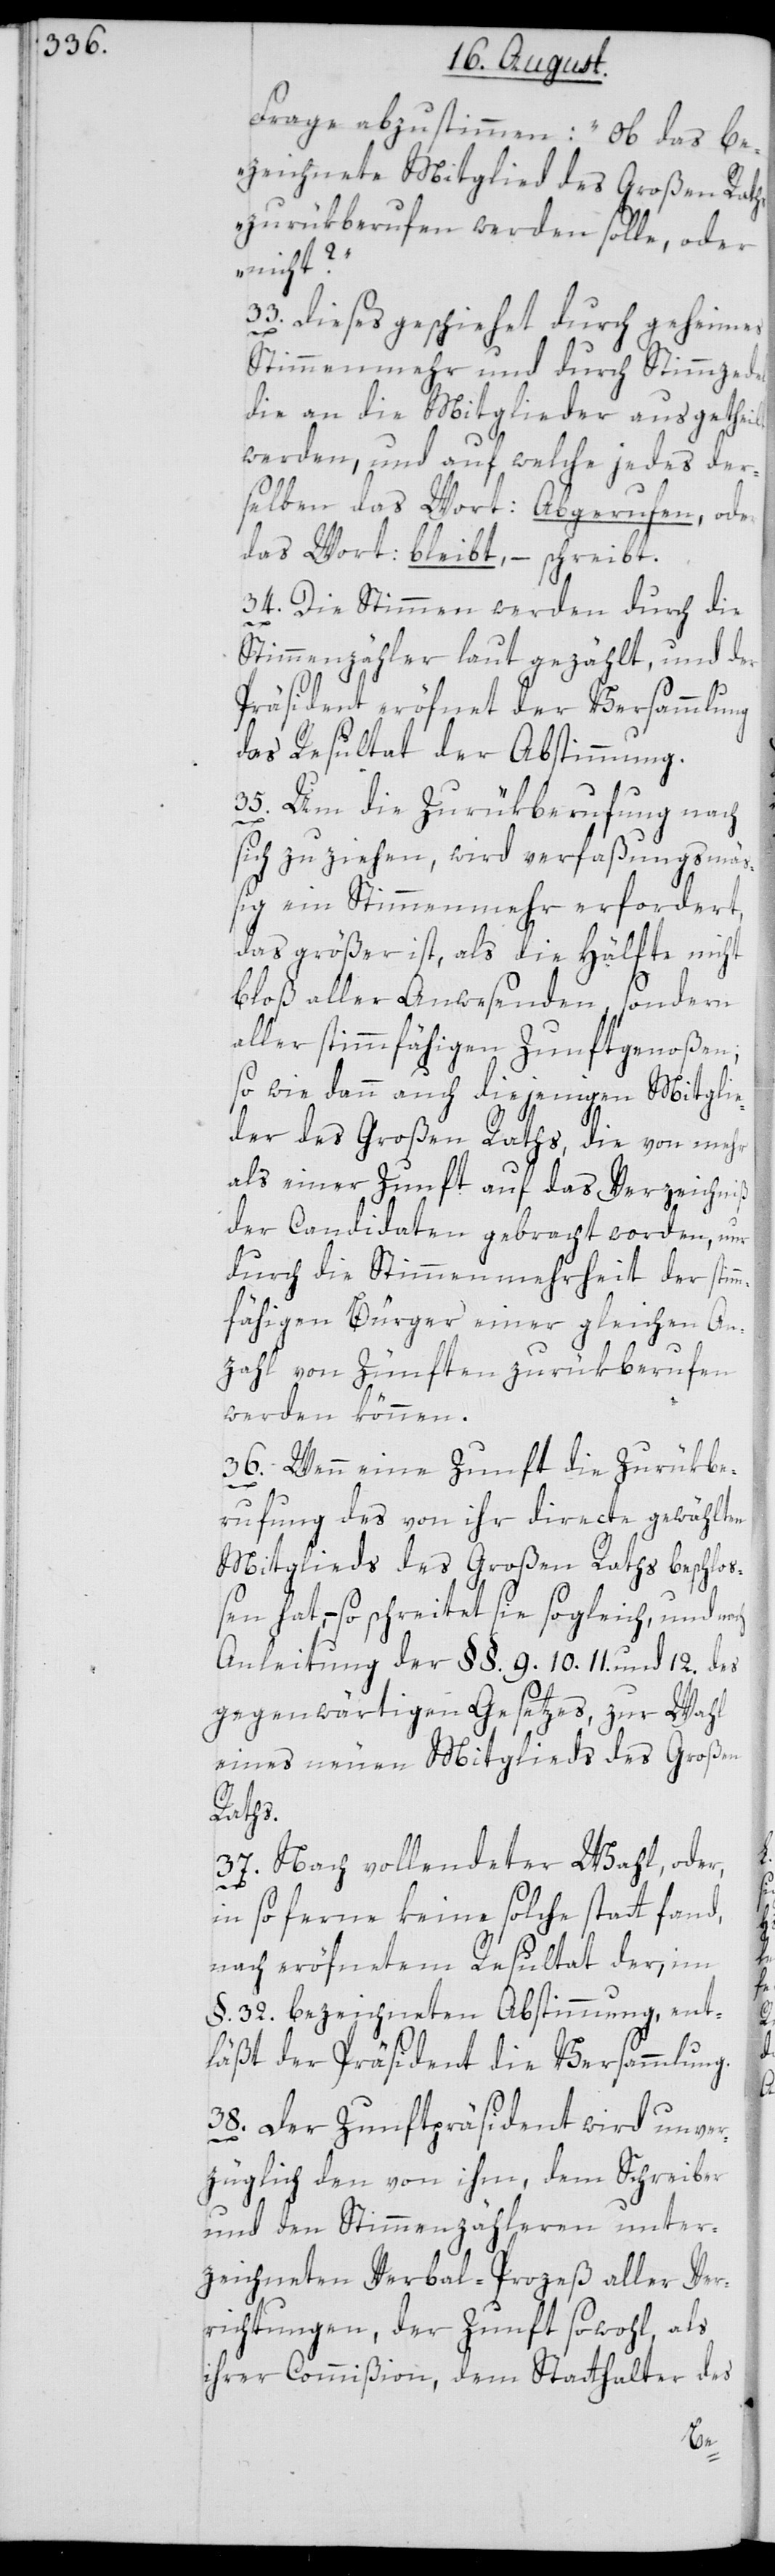
Frage abzustimmen: „Ob das be¬
zeichnete Mitglied des Großen Raths
zurükberufen werden solle oder
nicht?“.
33. Dieses geschiehet durch geheimes
Stimmenmehr und durch Stimmzedel,
die an die Mitglieder ausgetheilt
werden, und auf welche jedes der¬
selben das Wort: Abgerufen, oder
das Wort: bleibt, – schreibt.
34. Die Stimmen werden durch die
Stimmenzähler laut gezählt, und der
Präsident eröfnet der Versammlung
das Resultat der Abstimmung.
35. Um die Zurükberufung nach
sich zu ziehen, wird verfaßungsmä¬
ßig ein Stimmenmehr erfordert,
das größer ist, als die Hälfte nicht
bloß aller Anwesenden, sondern
aller stimmfähigen Zunftgenoßen;
so wie dann auch diejenigen Mitglie¬
der des Großen Raths, die von mehr
als einer Zunft auf das Verzeichniß
der Candidaten gebracht worden, nur
durch die Stimmenmehrheit der stim¬
mfähigen Bürger einer gleichen An¬
zahl von Zünften zurükberufen
werden können.
36. Wenn eine Zunft die Zurükbe¬
rufung des von ihr directe gewählten
Mitglieds des Großen Raths beschloß¬
en hat, – so schreitet sie sogleich, und nach
Anleitung der §§. 9. 10. 11. und 12. des
gegenwärtigen Gesetzes, zur Wahl
eines neuen Mitglieds des Großen
Raths.
37. Nach vollendeter Wahl, oder,
in so ferne keine solche stattfand,
nach eröfnetem Resultat der, im
§. 32. bezeichneten Abstimmung, ent¬
läßt der Präsident die Versammlung.
38. Der Zunftpräsident wird unver¬
züglich den von ihm, dem Schreiber
und den Stimmenzähleren unter¬
zeichneten Verbal-Prozeß aller Ver¬
richtungen, der Zunft sowohl, als
ihrer Commißion, dem Statthalter des